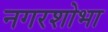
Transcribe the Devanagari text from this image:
नगरशोभा